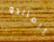
أرماندو